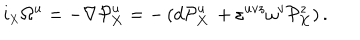
i _ { \scriptscriptstyle { \bf X } } \Omega ^ { u } = - \nabla { \cal P } _ { { \bf X } } ^ { u } = - \left( d { \cal P } _ { { \bf X } } ^ { u } \, + \varepsilon ^ { u v z } \omega ^ { v } { \cal P } _ { { \bf X } } ^ { z } \right) .